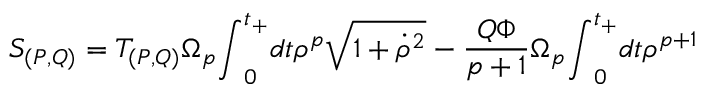
S _ { ( P , Q ) } = T _ { ( P , Q ) } { \Omega } _ { p } { \int } _ { 0 } ^ { t _ { + } } d t { \rho } ^ { p } \sqrt { 1 + { \dot { \rho } } ^ { 2 } } - \frac { Q { \Phi } } { p + 1 } { \Omega } _ { p } { \int } _ { 0 } ^ { t _ { + } } d t { \rho } ^ { p + 1 }